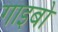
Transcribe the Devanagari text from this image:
गाइबो